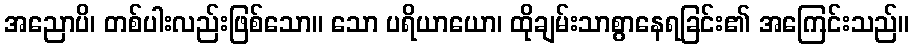
အညောပိ၊ တစ်ပါးလည်းဖြစ်သော။ သော ပရိယာယော၊ ထိုချမ်းသာစွာနေရခြင်း၏ အကြေင်းသည်။